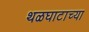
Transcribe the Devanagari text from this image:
थळघाटाच्या